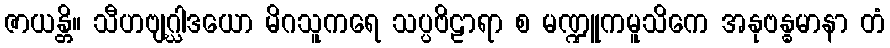
ဇာယန္တိ။ သီဟဗျဂ္ဃါဒယော မိဂသူကရေ သပ္ပဗိဠာရာ စ မဏ္ဍူကမူသိကေ အနုဗန္ဓမာနာ တံ